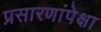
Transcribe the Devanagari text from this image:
प्रसारणांपेक्षा